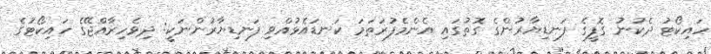
ހައިކޯޓު ދެކުނު ގޮފީގެ ފަނޑިޔާރުންގެ ގޮތުގައި އެންމެފުރަތަމަ ކަނޑައެޅުއްވި ފަނޑިޔާރުންނަކީ: ދިވެހިރާއްޖޭގެ ހައިކޯޓުގެ